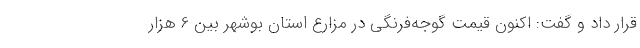
قرار داد و گفت: اکنون قیمت گوجه‌فرنگی در مزارع استان بوشهر بین 6 هزار